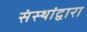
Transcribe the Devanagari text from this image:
संस्थांद्वारा